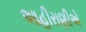
આહીરાણીએ